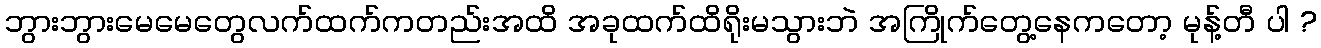
ဘွားဘွားမေမေတွေလက်ထက်ကတည်းအထိ အခုထက်ထိရိုးမသွားဘဲ အကြိုက်တွေ့နေကတော့ မုန့်တီ ပါ ?